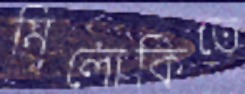
মিলোকিতে